Vital statistics of India. Vol. VI, European troops 1870-79
Year: 1870
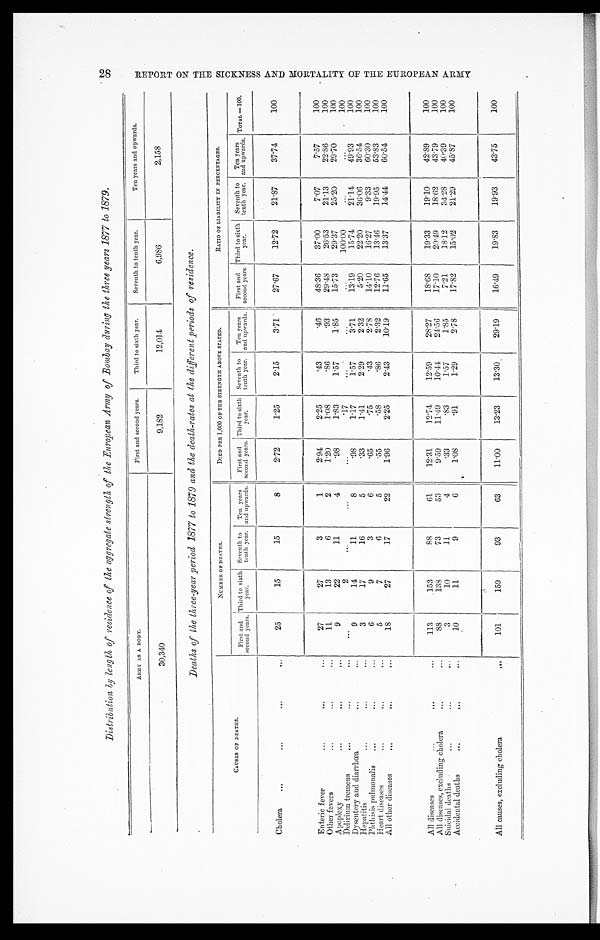
Distribution by length of residence oft h e a g g r e g a t e s t r e n g t h o f t h e E u r o p e a n A r m y o f B o m b a y d u r i n g t h e t h r e e y e a r s 1 8 7 7 t o 1 8 7 9 .
ARMY AS A BODY.
First and second years.
Third to sixth year.
Seventh to tenth year.
Ten years and upwards.
30,340
9,182
12,014
6,986
2,158
Deaths of the three-year period 1877 to 1879 and the death-rates at the different periods of residence.
CAUSES OF DEATHS.
N U M B E R O F D E A T H S .
DIED PER 1, 000 OF THE STRENGTH ABOVE STATED.
RATIO OF LIABILITY IN PERCENTAGES.
First and
second years. Third to sixth
year.
Seventh to
tenth year. Ten years
and upwards. First and
second years. Third to sixth
year,
Seventh to
tenth year. Ten years
and upwards. First and
second years. Third to sixth
year.
Seventh to
tenth year. Ten years
and upwards. TOTAL=100.
Cholera.
25
15
15
8
2.72
1.25
2.15
3.71'
27.67
12.72 21.87
37.74
100
Enteric fever
2 7
27
3
1
2.94
2.25
.43
.46
48.36
37.00
7.07
7.57
100
Other fevers
11
13
6
2
1.20
1.08
.86
.93
29.48
26.53
21.13
22.86
1 0 0
Apoplexy
9
22
11
4
.98
1.83
1.57
1.85
15.73
29.37
25.20
2 9 . 7 0
100
Delirium tremens
2
.17
100.00
100
Dysentery and diarrhœa
9
14
11
8
.98
1.17
1.57
3.71
13.19
1 5 . 7 4 21.14 49.93
100
Hepatitis
3
17
16
5
.33
1.41
2.99 2.32
5 . 2 0
22.20
3 6 . 0 6 36.54
100
Phthisis pulmonalis
6
9
3
6
.65
.75
.43
2. 78
14.10
16.27
9 . 3 3
60.30
100
Heart diseases
5
7
6
5
.55
.58
.86
2.32
12.76
1 3 . 4 6 14.44
60.54
100
All other diseases
18
27
17
22
1.96
2.25
2.43
10.19
11.65 13.37
1 4 . 4 4
6 0 . 5 4
1 0 0
All diseases
1 1 3
153
88
61
12.31
12.74
12.59
28.27
18.68
19.33
19.10
42.89
100
All diseases, excluding cholera
88
138
73
53
9.59
11.49
10.44
24.56
17.10
20.49
18.62
43.79
100
Suicidal deaths
3
10
11
4
.33
.83
1.57
1.85
7.21 18.12
34.28
40.39
100
Accidental deaths
10
11
9
6
1.08
.91
1.29
2.78
17.82
15.02
2 1 . 2 9
4 5 . 8 7
1 0 0
All causes, excluding cholera
101
159
93
63
11.00
13.23
13.30
29.19
16.49
19.83
19.93
43. 75
100